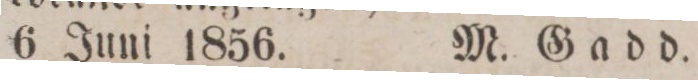
6 Juni 1856. M. Gadd.